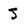
Character: J